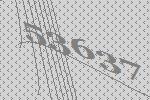
53637